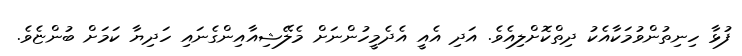
ފުޅާ ހިނިތުންވުމަކާއެކު ދިތްކޮށްލިއެވެ. އަދި އެއީ އެދެމީހުންނަށް މެލޭޝިއާއިންގެނައި ހަދިޔާ ކަމަށް ބުންޏެވެ.